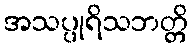
အသပ္ပုရိသဘတ္တိ